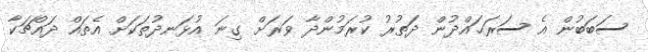
ސަބަބުން އެ ސަރަޙައްދުން ދަތުރު ކުރަމުންދާ ވަރަށް ގިނަ އުޅަނދުތަކަށް އެތައް ދައްޗަކާ